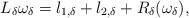
LaTeX: \begin{align*}L_\delta \omega_\delta=l_{1,\delta}+l_{2,\delta}+R_\delta(\omega_\delta),\end{align*}